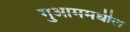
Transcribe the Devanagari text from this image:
गुआममधील